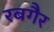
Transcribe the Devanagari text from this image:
रबगैर